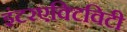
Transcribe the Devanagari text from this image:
इंटरएक्टिविटी